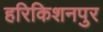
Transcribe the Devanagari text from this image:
हरिकिशनपुर